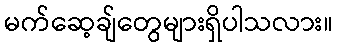
မက်ဆေ့ချ်တွေများရှိပါသလား။